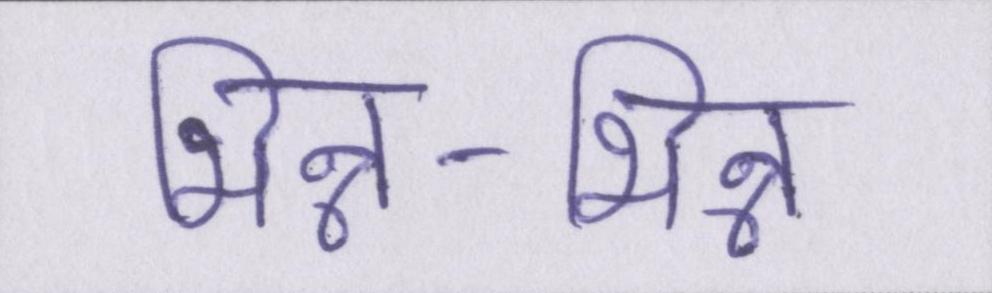
भिन्न-भिन्न